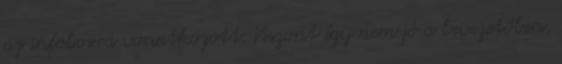
az infoboxra vonatkozott. Viszont így nem jó a bevezetőben,